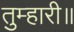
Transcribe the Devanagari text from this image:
तुम्हारी॥